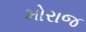
મોરાજ